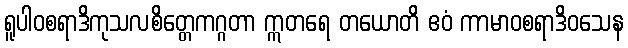
ရူပါဝစရာဒိကုသလစိတ္တေကဂ္ဂတာ ဣတရေ တယောတိ ဧဝံ ကာမာဝစရာဒိဝသေန